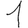
Digit: 1